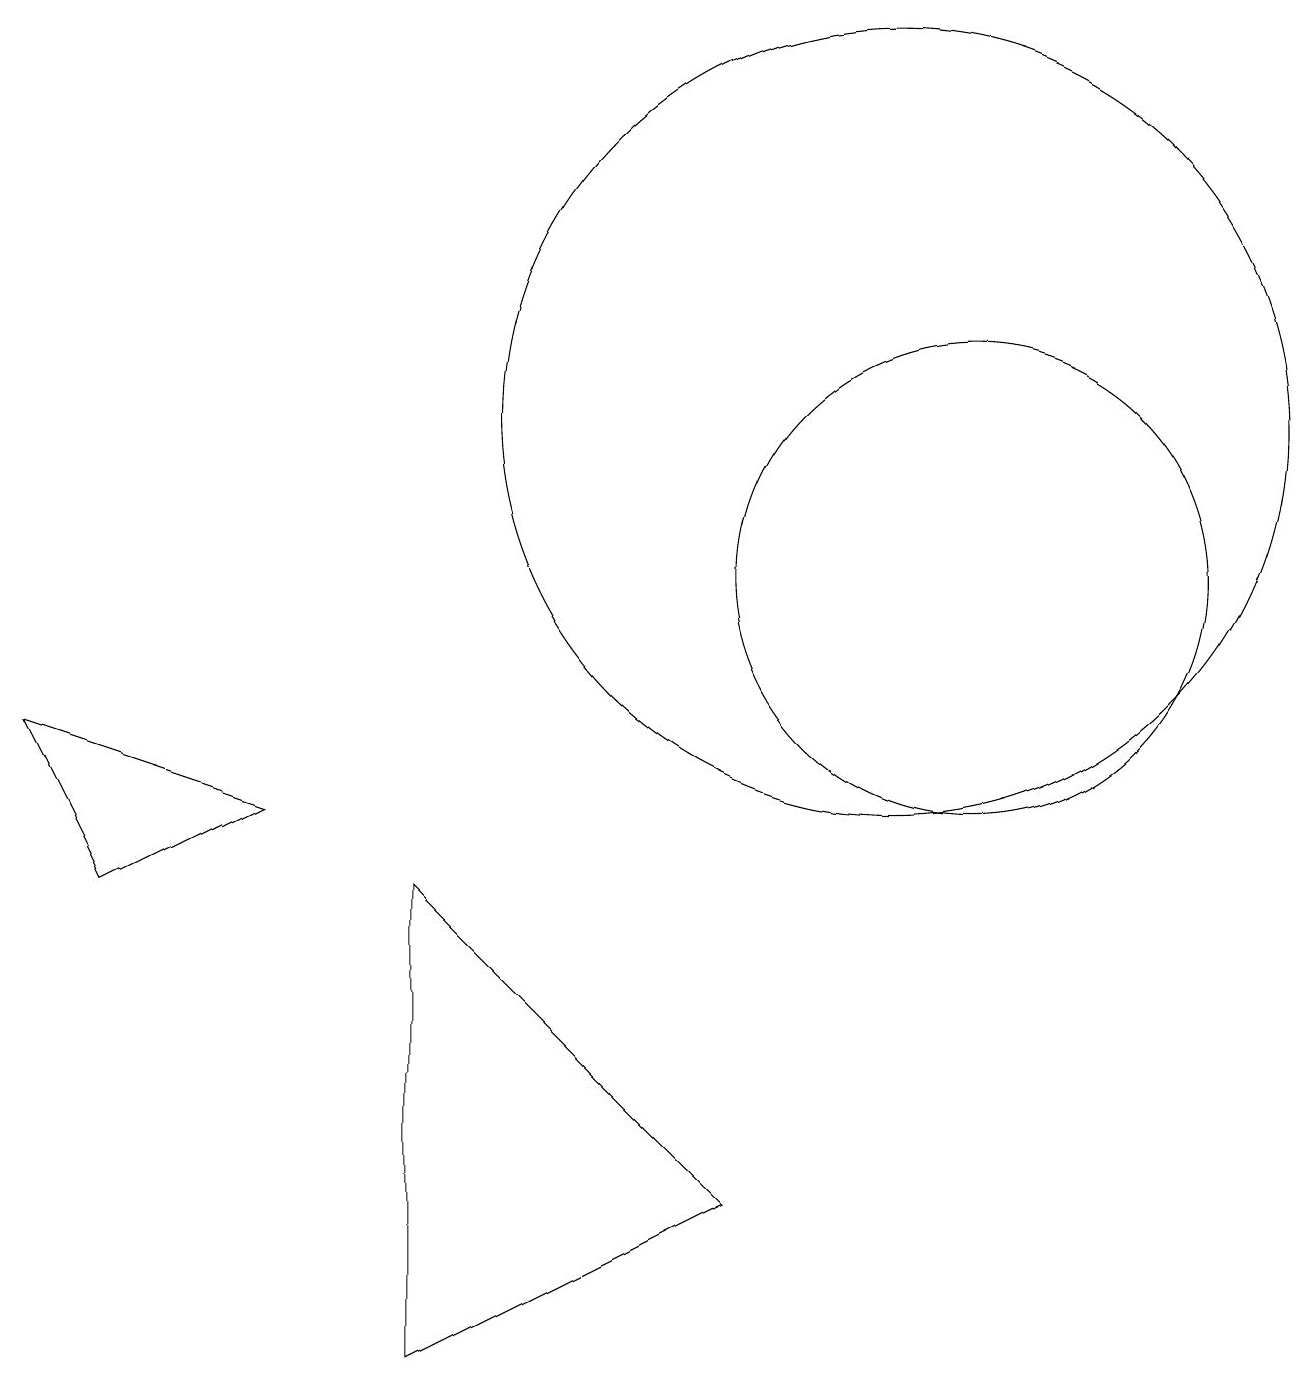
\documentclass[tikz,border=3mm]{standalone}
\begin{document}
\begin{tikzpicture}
\draw (12,10) circle (3);
\draw (3,7) -- (1,6) -- (0,8) -- cycle;
\draw (11,12) circle (5);
\draw (5,6) -- (9,2) -- (5,0) -- cycle;
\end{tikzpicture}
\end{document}